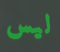
ليس